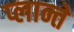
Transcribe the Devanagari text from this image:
प्लान्ते